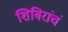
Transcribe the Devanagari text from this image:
शिबिरांचं